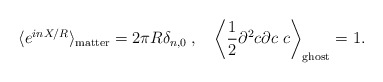
\begin{align*}\langle e^{inX/R}\rangle_{\mathrm{matter}}=2\pi R\delta_{n,0} \> , \quad \left\langle\frac{1}{2}\partial^2c\partial c\ c\right\rangle_{\mathrm{ghost}}=1. \end{align*}